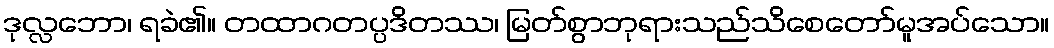
ဒုလ္လဘော၊ ရခဲ၏။ တထာဂတပ္ပဒိတဿ၊ မြတ်စွာဘုရားသည်သိစေတော်မူအပ်သော။